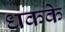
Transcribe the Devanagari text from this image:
धकके